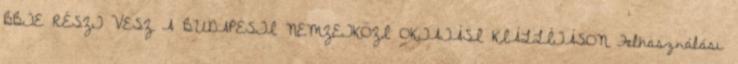
BBTE RÉSZT VESZ A BUDAPESTI NEMZETKÖZI OKTATÁSI KIÁLLÍTÁSON Felhasználási